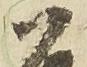
尉